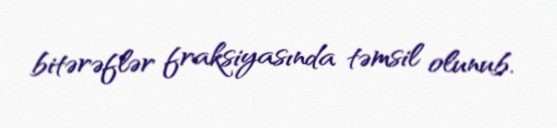
bitərəflər fraksiyasında təmsil olunub.